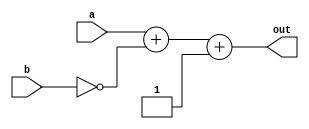
module Substractor(a, b, out);
    parameter N = 32;

    input [N-1:0] a, b;
    output [N-1:0] out;

    assign out = a + ~b + 1'b1;
endmodule